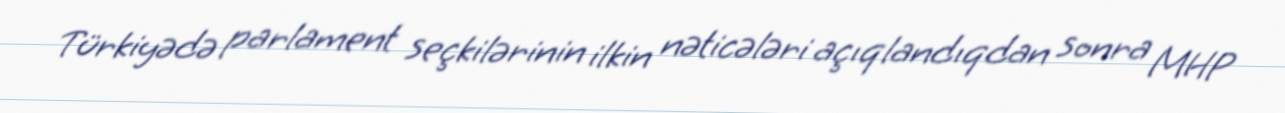
Türkiyədə parlament seçkilərinin ilkin nəticələri açıqlandıqdan sonra MHP